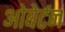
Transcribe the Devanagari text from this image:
ओबेर्टन